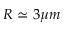
R \simeq 3 \mu m